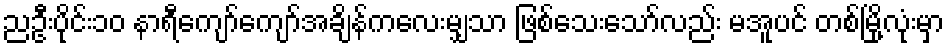
ညဦးပိုင်း၁၀ နာရီကျော်ကျော်အချိန်ကလေးမျှသာ ဖြစ်သေးသော်လည်း မအူပင် တစ်မြို့လုံးမှာ